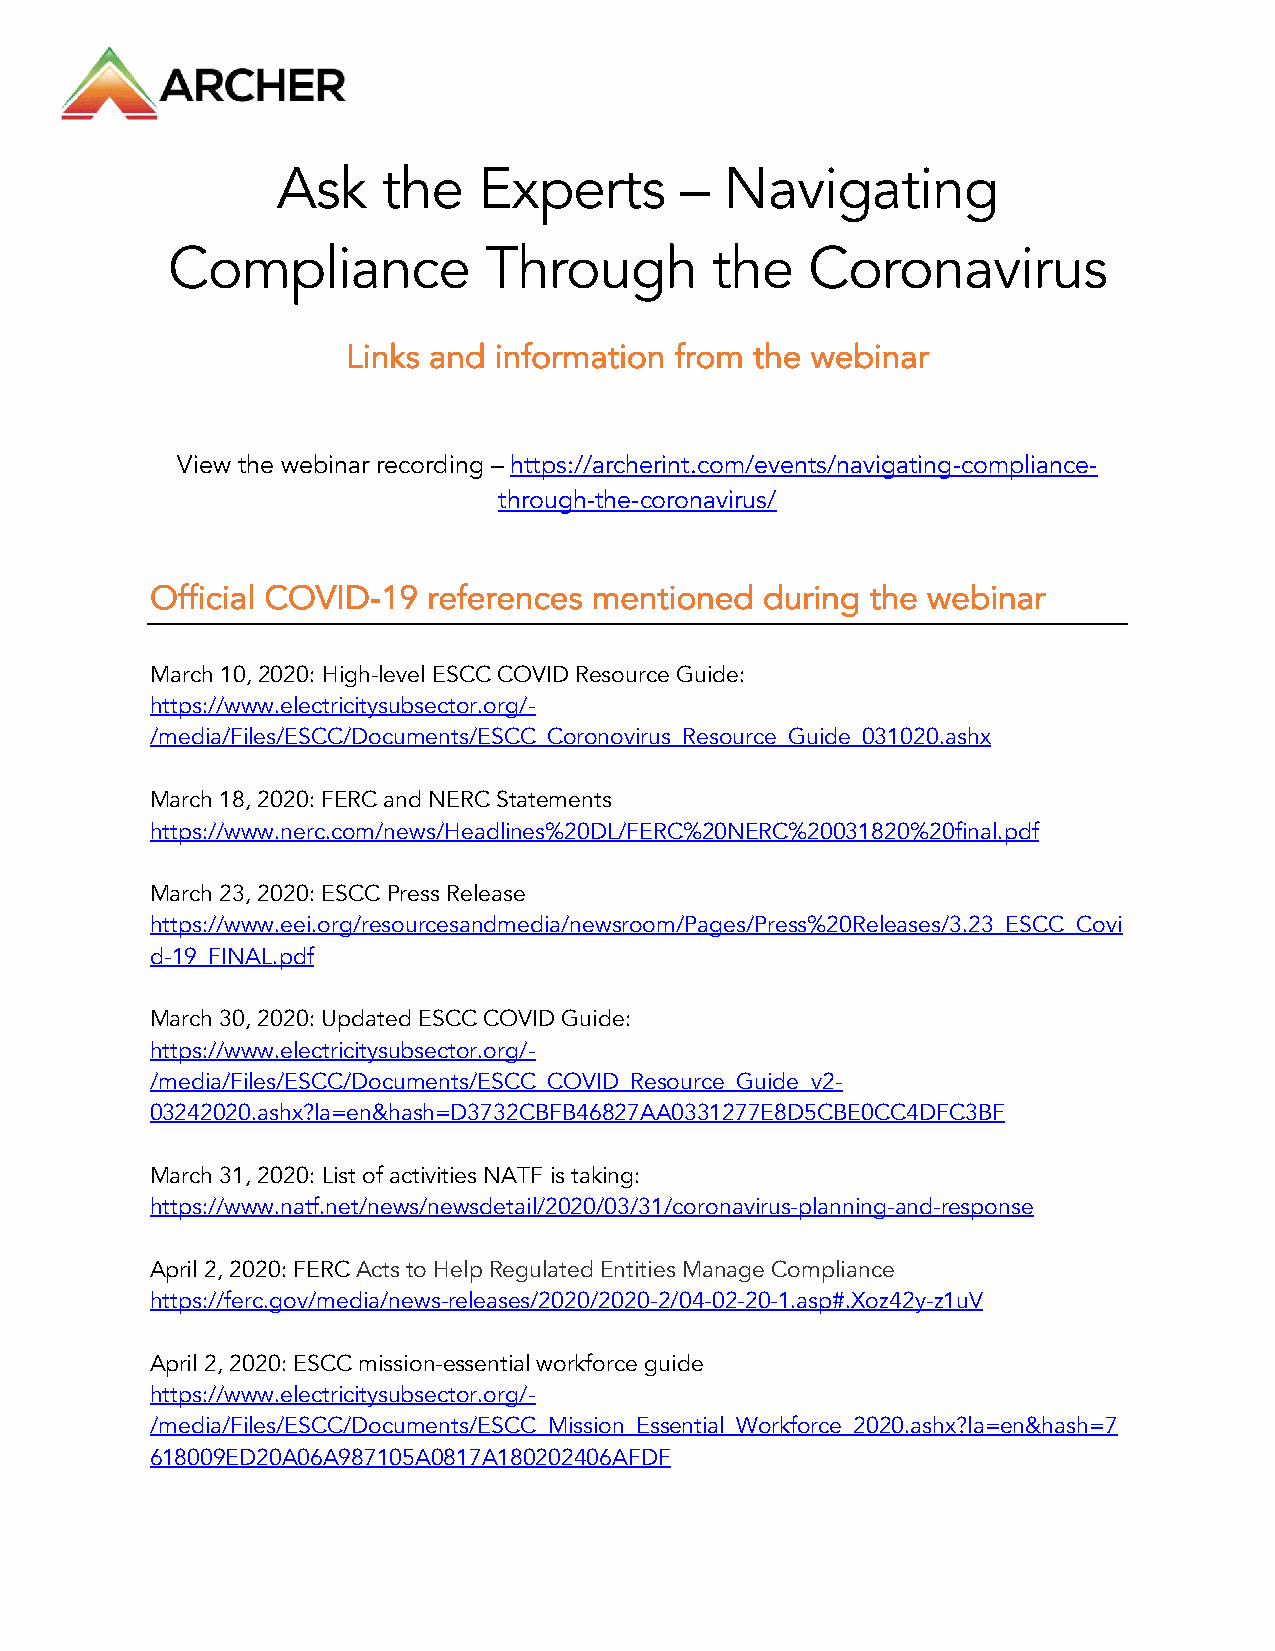
Ask    the    Experts      –  Navigating
 Compliance           Through        the    Coronavirus
 Links and information from the webinar
 View the webinar recording – https://archerint.com/events/navigating-compliance-
 through-the-coronavirus/
 Official COVID-19 references mentioned   during the webinar
 March 10, 2020: High-level ESCC COVID Resource Guide:
 https://www.electricitysubsector.org/-
 /media/Files/ESCC/Documents/ESCC_Coronovirus_Resource_Guide_031020.ashx
 March 18, 2020: FERC and NERC Statements
 https://www.nerc.com/news/Headlines%20DL/FERC%20NERC%20031820%20final.pdf
 March 23, 2020: ESCC Press Release
 https://www.eei.org/resourcesandmedia/newsroom/Pages/Press%20Releases/3.23_ESCC_Covi
 d-19_FINAL.pdf
 March 30, 2020: Updated ESCC COVID Guide:
 https://www.electricitysubsector.org/-
 /media/Files/ESCC/Documents/ESCC_COVID_Resource_Guide_v2-
 03242020.ashx?la=en&hash=D3732CBFB46827AA0331277E8D5CBE0CC4DFC3BF
 March 31, 2020: List of activities NATF is taking:
 https://www.natf.net/news/newsdetail/2020/03/31/coronavirus-planning-and-response
 April 2, 2020: FERC Acts to Help Regulated Entities Manage Compliance
 https://ferc.gov/media/news-releases/2020/2020-2/04-02-20-1.asp#.Xoz42y-z1uV
 April 2, 2020: ESCC mission-essential workforce guide
 https://www.electricitysubsector.org/-
 /media/Files/ESCC/Documents/ESCC_Mission_Essential_Workforce_2020.ashx?la=en&hash=7
 618009ED20A06A987105A0817A180202406AFDF